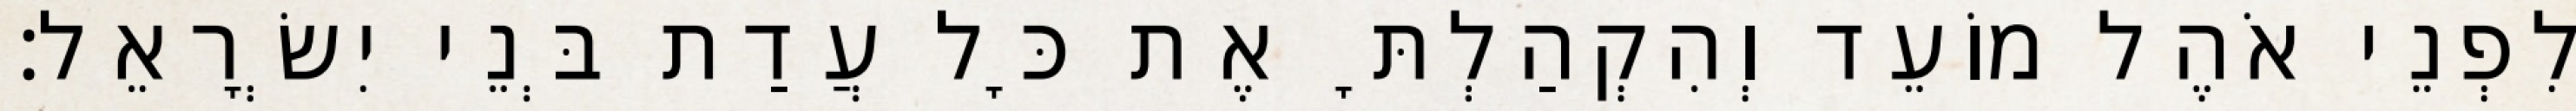
לִפְנֵי אֹהֶל מוֹעֵד וְהִקְהַלְתָּ אֶת כָּל עֲדַת בְּנֵי יִשְׂרָאֵל׃